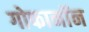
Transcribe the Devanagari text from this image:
गोफानॉन